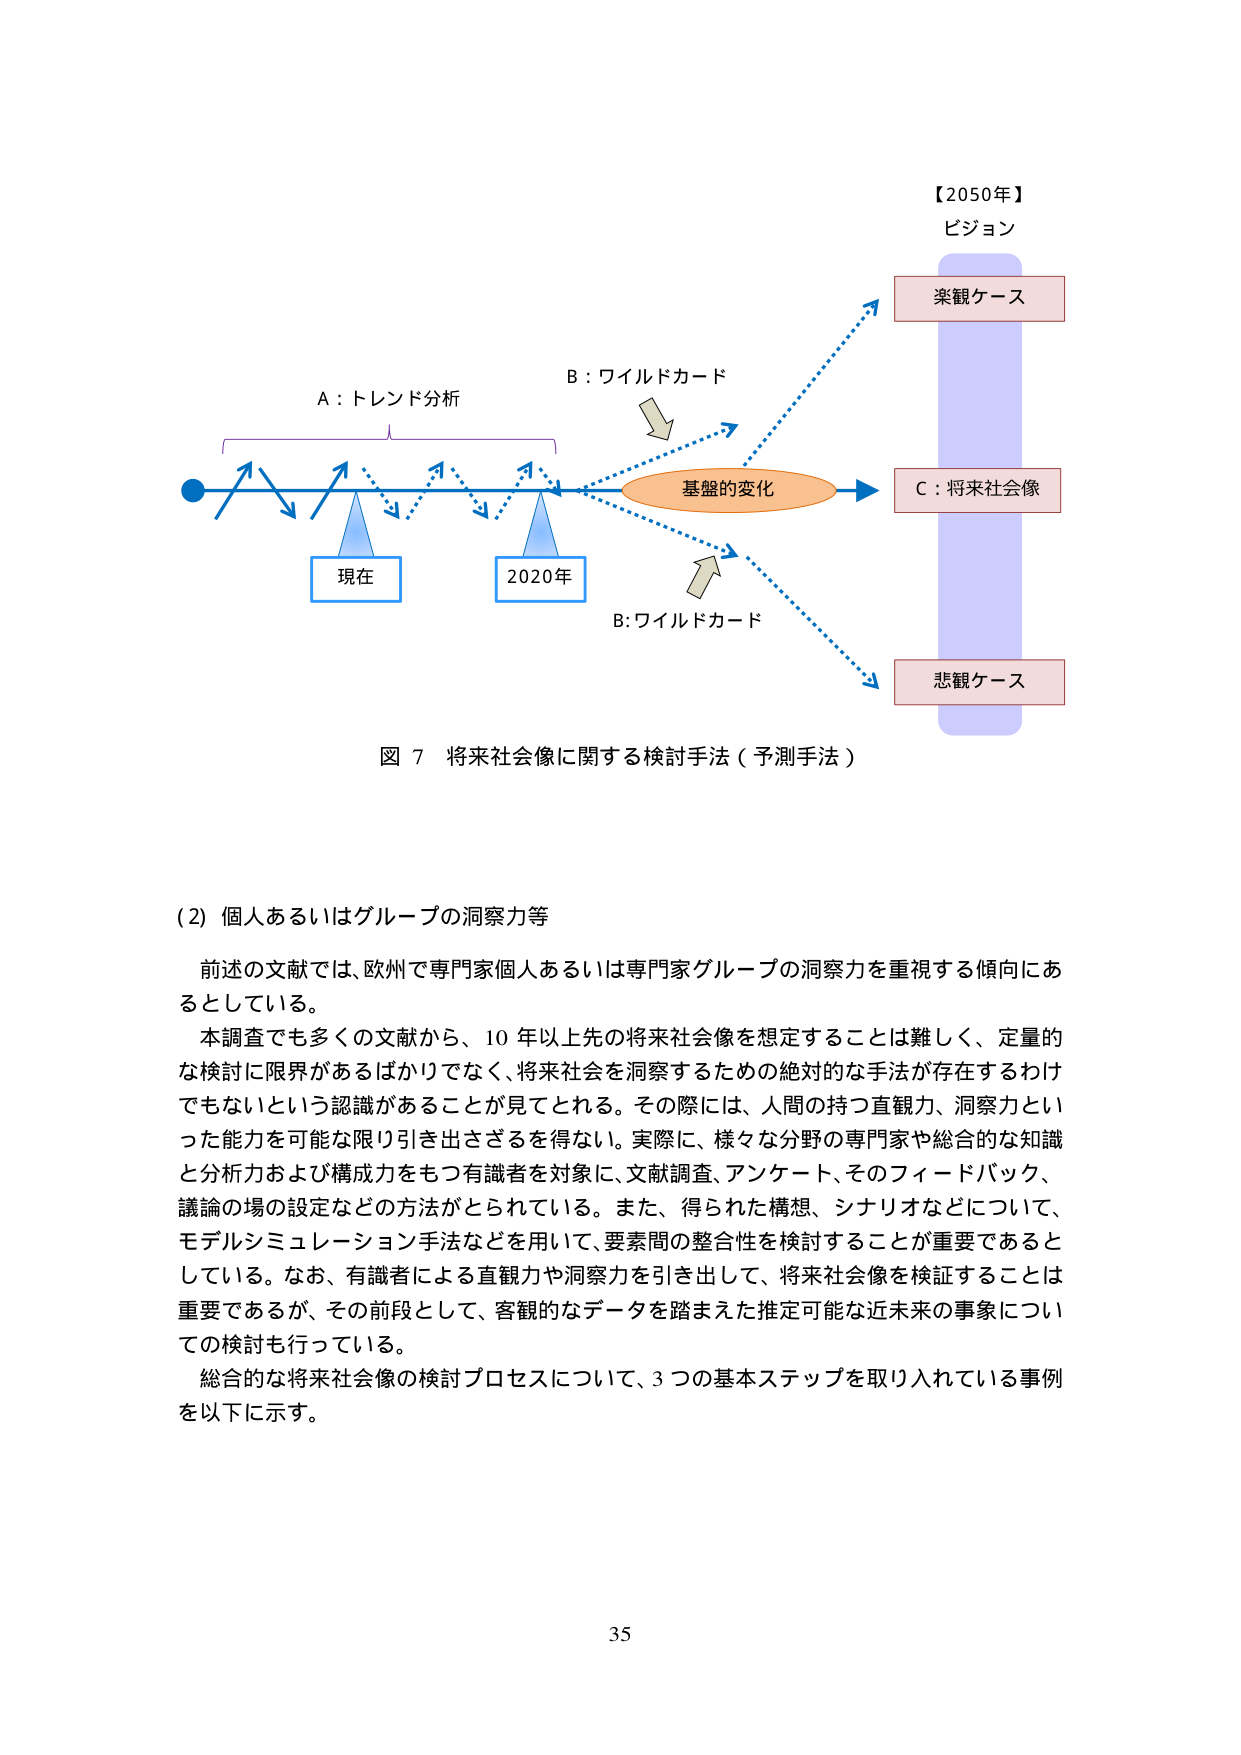
【2050年】
ビジョン

楽観ケース

A：トレンド分析
B：ワイルドカード

現在
2020年

基盤の変化

C：将来社会像

B:ワイルドカード

悲観ケース

図 7 将来社会像に関する検討手法（予測手法）

(2) 個人あるいはグループの洞察力等

前述の文献では、欧州で専門家個人あるいは専門家グループの洞察力を重視する傾向にあるとしている。
本調査でも多くの文献から、10年以上先の将来社会像を想定することは難しく、定量的な検討に限界があるばかりでなく、将来社会を洞察するための絶対的な手法が存在するわけでもないという認識があることが見てとれる。その際には、人間の持つ直観力、洞察力といった能力を可能な限り引き出さざるを得ない。実際に、様々な分野の専門家や総合的な知識と分析力および構成力をもつ有識者を対象に、文献調査、アンケート、そのフィードバック、議論の場の設定などの方法がとられている。また、得られた構想、シナリオなどについて、モデルシミュレーション手法などを用いて、要素間の整合性を検討することが重要であるとしている。なお、有識者による直観力や洞察力を引き出して、将来社会像を検証することは重要であるが、その前段として、客観的なデータを踏まえた推定可能な近未来の事象についての検討を行っている。
総合的な将来社会像の検討プロセスについて、3つの基本ステップを取り入れている事例を以下に示す。

35